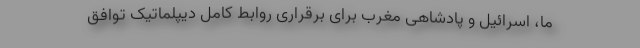
ما، اسرائیل و پادشاهی مغرب برای برقراری روابط کامل دیپلماتیک توافق